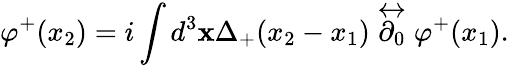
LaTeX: \varphi^{+}(x_{2})=i\int d^{3}{\mathbf x}\Delta_{+}(x_{2}-x_{1})\stackrel{\leftrightarrow}{\partial_{0}}\varphi^{+}(x_{1}).